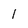
Character: l